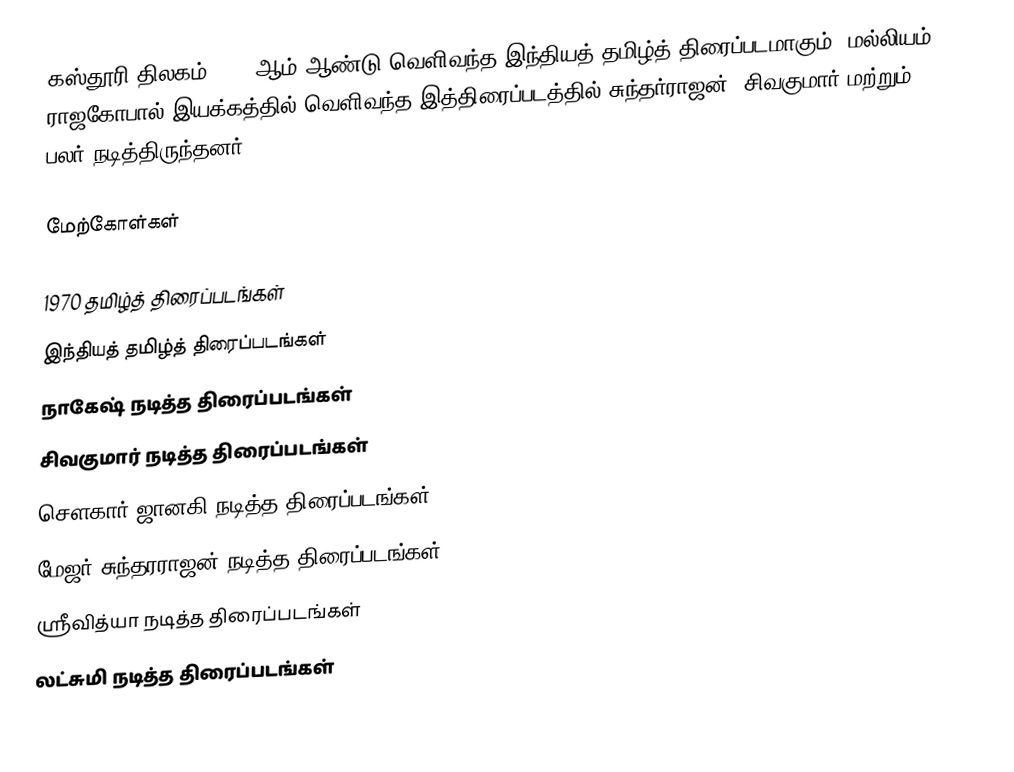
கஸ்தூரி திலகம் 1970 ஆம் ஆண்டு வெளிவந்த இந்தியத் தமிழ்த் திரைப்படமாகும். மல்லியம் ராஜகோபால் இயக்கத்தில் வெளிவந்த இத்திரைப்படத்தில் சுந்தர்ராஜன், சிவகுமார் மற்றும் பலர் நடித்திருந்தனர்.

மேற்கோள்கள்

1970 தமிழ்த் திரைப்படங்கள்
இந்தியத் தமிழ்த் திரைப்படங்கள்
நாகேஷ் நடித்த திரைப்படங்கள்
சிவகுமார் நடித்த திரைப்படங்கள்
சௌகார் ஜானகி நடித்த திரைப்படங்கள்
மேஜர் சுந்தரராஜன் நடித்த திரைப்படங்கள்
ஸ்ரீவித்யா நடித்த திரைப்படங்கள்
லட்சுமி நடித்த திரைப்படங்கள்